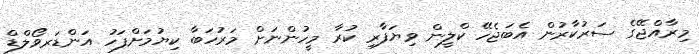
މިރާއްޖޭގެ ސަރުކާރުން އެބަޖެހޭ ކްލީން ވިޔަފާރި ކުރާ މީހުންނަށް މަރުހަބާ ކިޔުމަށްފަހު އަންޑަރވޯލްޑް